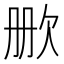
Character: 𬅡